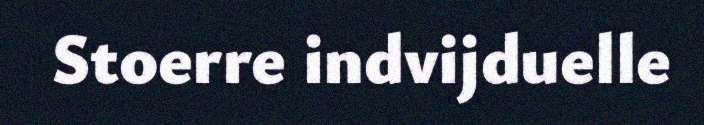
Stoerre indvijduelle